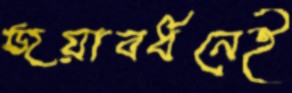
জয়াবর্ধনেই